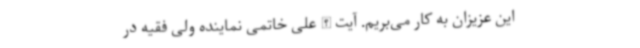
این عزیزان به کار می‌بریم. آیت الله علی خاتمی نماینده ولی فقیه در